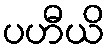
ပဟီယိ